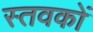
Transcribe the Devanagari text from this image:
स्तवकों